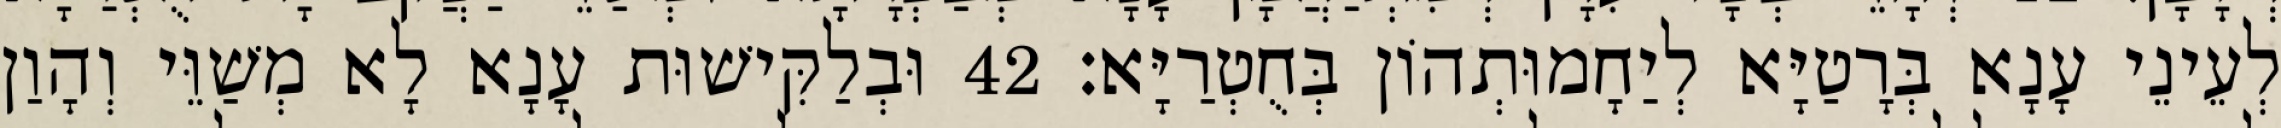
לְעֵינֵי עָנָא בְּרָטַיָּא לְיַחָמוּתְהוֹן בְּחֻטְרַיָּא׃ 42 וּבְלַקִּישׁוּת עָנָא לָא מְשַׁוֵּי וְהָוַן